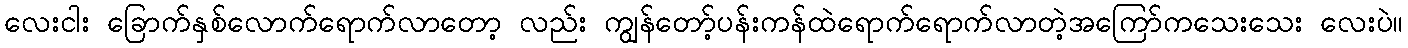
လေးငါး ခြောက်နှစ်လောက်ရောက်လာတော့ လည်း ကျွန်တော့်ပန်းကန်ထဲရောက်ရောက်လာတဲ့အကြော်ကသေးသေး လေးပဲ။